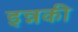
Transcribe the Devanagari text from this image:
इन्नकी